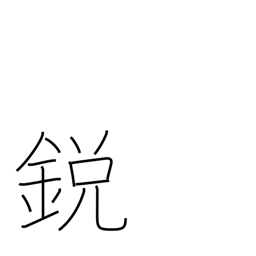
Meaning: pointed